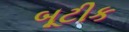
બૂટીક